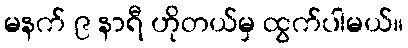
မနက် ၉ နာရီ ဟိုတယ်မှ ထွက်ပါမယ်။